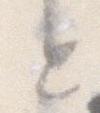
と